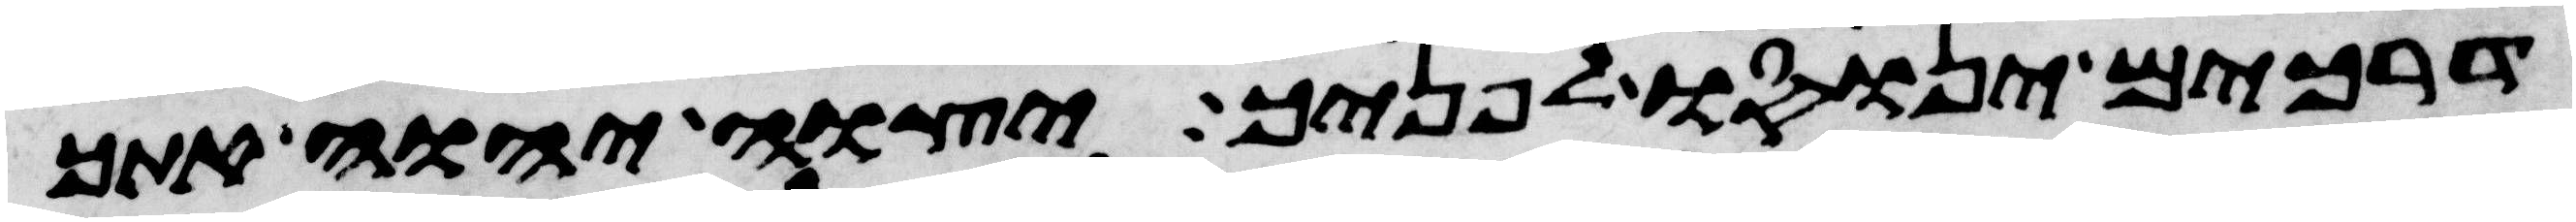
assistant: דרכים ינוסו לפניך יצוה יהוה אתך